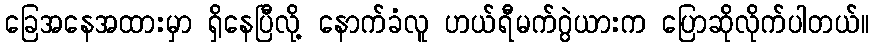
ခြေအနေအထားမှာ ရှိနေပြီလို့ နောက်ခံလူ ဟယ်ရီမက်ဂွဲယားက ပြောဆိုလိုက်ပါတယ်။